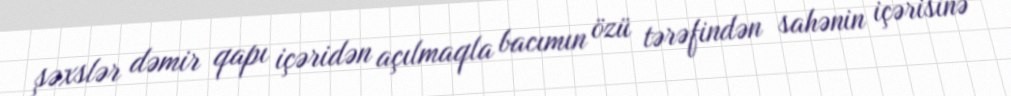
şəxslər dəmir qapı içəridən açılmaqla bacımın özü tərəfindən sahənin içərisinə